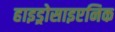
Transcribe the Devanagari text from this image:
हाइड्रोसाइएनिक